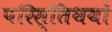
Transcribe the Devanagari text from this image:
परिस्तिथयों